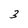
Character: 3